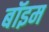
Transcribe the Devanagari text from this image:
बॉइम